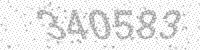
Solution: 340583